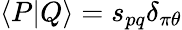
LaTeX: \langle P|Q\rangle=s_{pq}\delta_{\pi\theta}